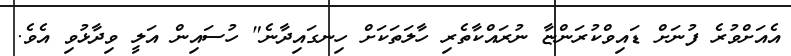
އެއަށްވުރެ ފުނަށް ޑައިވްކުރަންޏާ ނުރައްކާތެރި ހާލަތަކަށް ހިނގައިދާނެ" ހުސައިން އަލީ ވިދާޅުވި އެވެ.